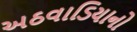
અઠવાડિયાનો